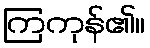
ကြကုန်၏။